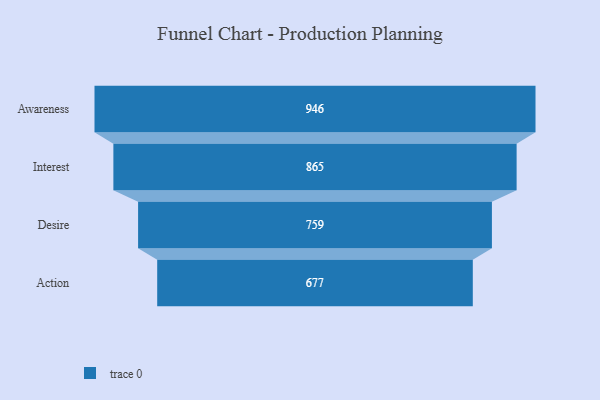
{"axis": {"x": "Stage", "y": "Value"}, "legend": [""], "data": [{"x": "Awareness", "y": 946.0, "type": ""}, {"x": "Interest", "y": 865.0, "type": ""}, {"x": "Desire", "y": 759.0, "type": ""}, {"x": "Action", "y": 677.0, "type": ""}]}